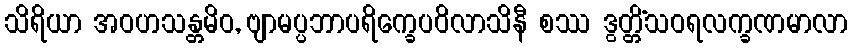
သိရိယာ အဝဟသန္တမိဝ, ဗျာမပ္ပဘာပရိက္ခေပဝိလာသိနီ စဿ ဒွတ္တိံသဝရလက္ခဏမာလာ